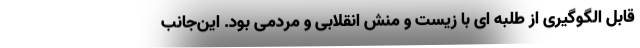
قابل الگوگیری از طلبه ای با زیست و منش انقلابی و مردمی بود. این‌جانب